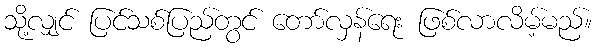
သို့လျှင် ပြင်သစ်ပြည်တွင် တော်လှန်ရေး ဖြစ်လာလိမ့်မည်။